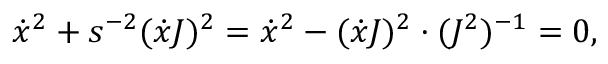
\dot { x } ^ { 2 } + s ^ { - 2 } ( \dot { x } J ) ^ { 2 } = \dot { x } ^ { 2 } - ( \dot { x } J ) ^ { 2 } \cdot ( J ^ { 2 } ) ^ { - 1 } = 0 ,